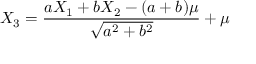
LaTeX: X _ { 3 } = { \frac { a X _ { 1 } + b X _ { 2 } - ( a + b ) \mu } { \sqrt { a ^ { 2 } + b ^ { 2 } } } } + \mu